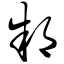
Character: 邾